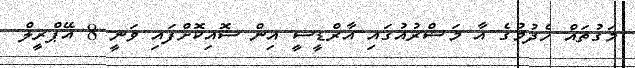
މަގުތައް ހެދުމުގެ އާ މަޝްރުއުގައި އާރްޑީސީ އިން ސޮއިކޮށްފައި ވަނީ 8 އޭޕްރީލް